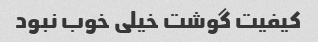
کیفیت گوشت خیلی خوب نبود